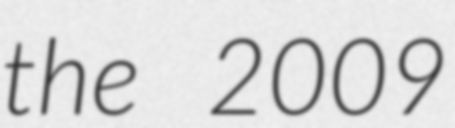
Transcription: the 2009